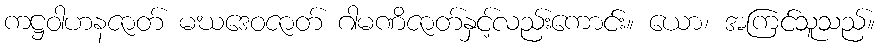
ကဋ္ဌဝါဟနဇာတ် မဃဒေဝဇာတ် ဂါမဏိဇာတ်နှင့်လည်းကောင်း။ ယော၊ အကြင်သူသည်။